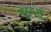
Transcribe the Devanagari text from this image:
गृहपशु